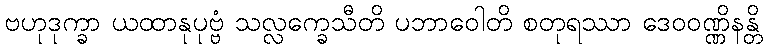
ဗဟုဒုက္ခာ ယထာနုပုဗ္ဗံ သလ္လက္ခေသီတိ ပဘာဝေါတိ စတုရဿာ ဒေဝဝဏ္ဏိနန္တိ